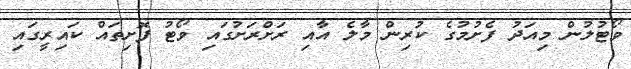
ވޯޓުލުން މިއަދު ފެށުމުގެ ކުރިން މާލެ އާއި ރަށްރަށުގައި ވޯޓު ފޮށިތައް ކައިރީގައި